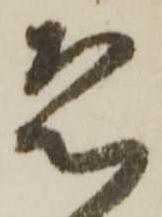
恐